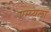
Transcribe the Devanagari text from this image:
एम्प्युला